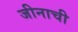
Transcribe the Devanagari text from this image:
जीनाची